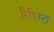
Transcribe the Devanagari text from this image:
रिविस्टा